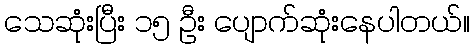
သေဆုံးပြီး ၁၅ ဦး ပျောက်ဆုံးနေပါတယ်။